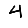
Digit: 4